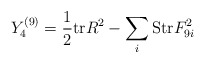
\begin{align*}Y_4^{(9)} = {1\over 2} {\rm tr} R^2 -\sum_i {\rm Str} F_{9i}^2\end{align*}